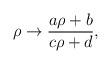
LaTeX: \begin{align*}\rho \rightarrow \frac{a\rho + b}{c\rho + d},\end{align*}